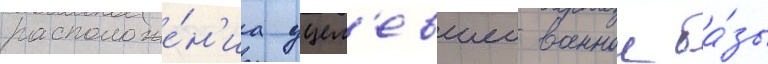
расположе́н'иа уцел'евшеи военнои ба́зы